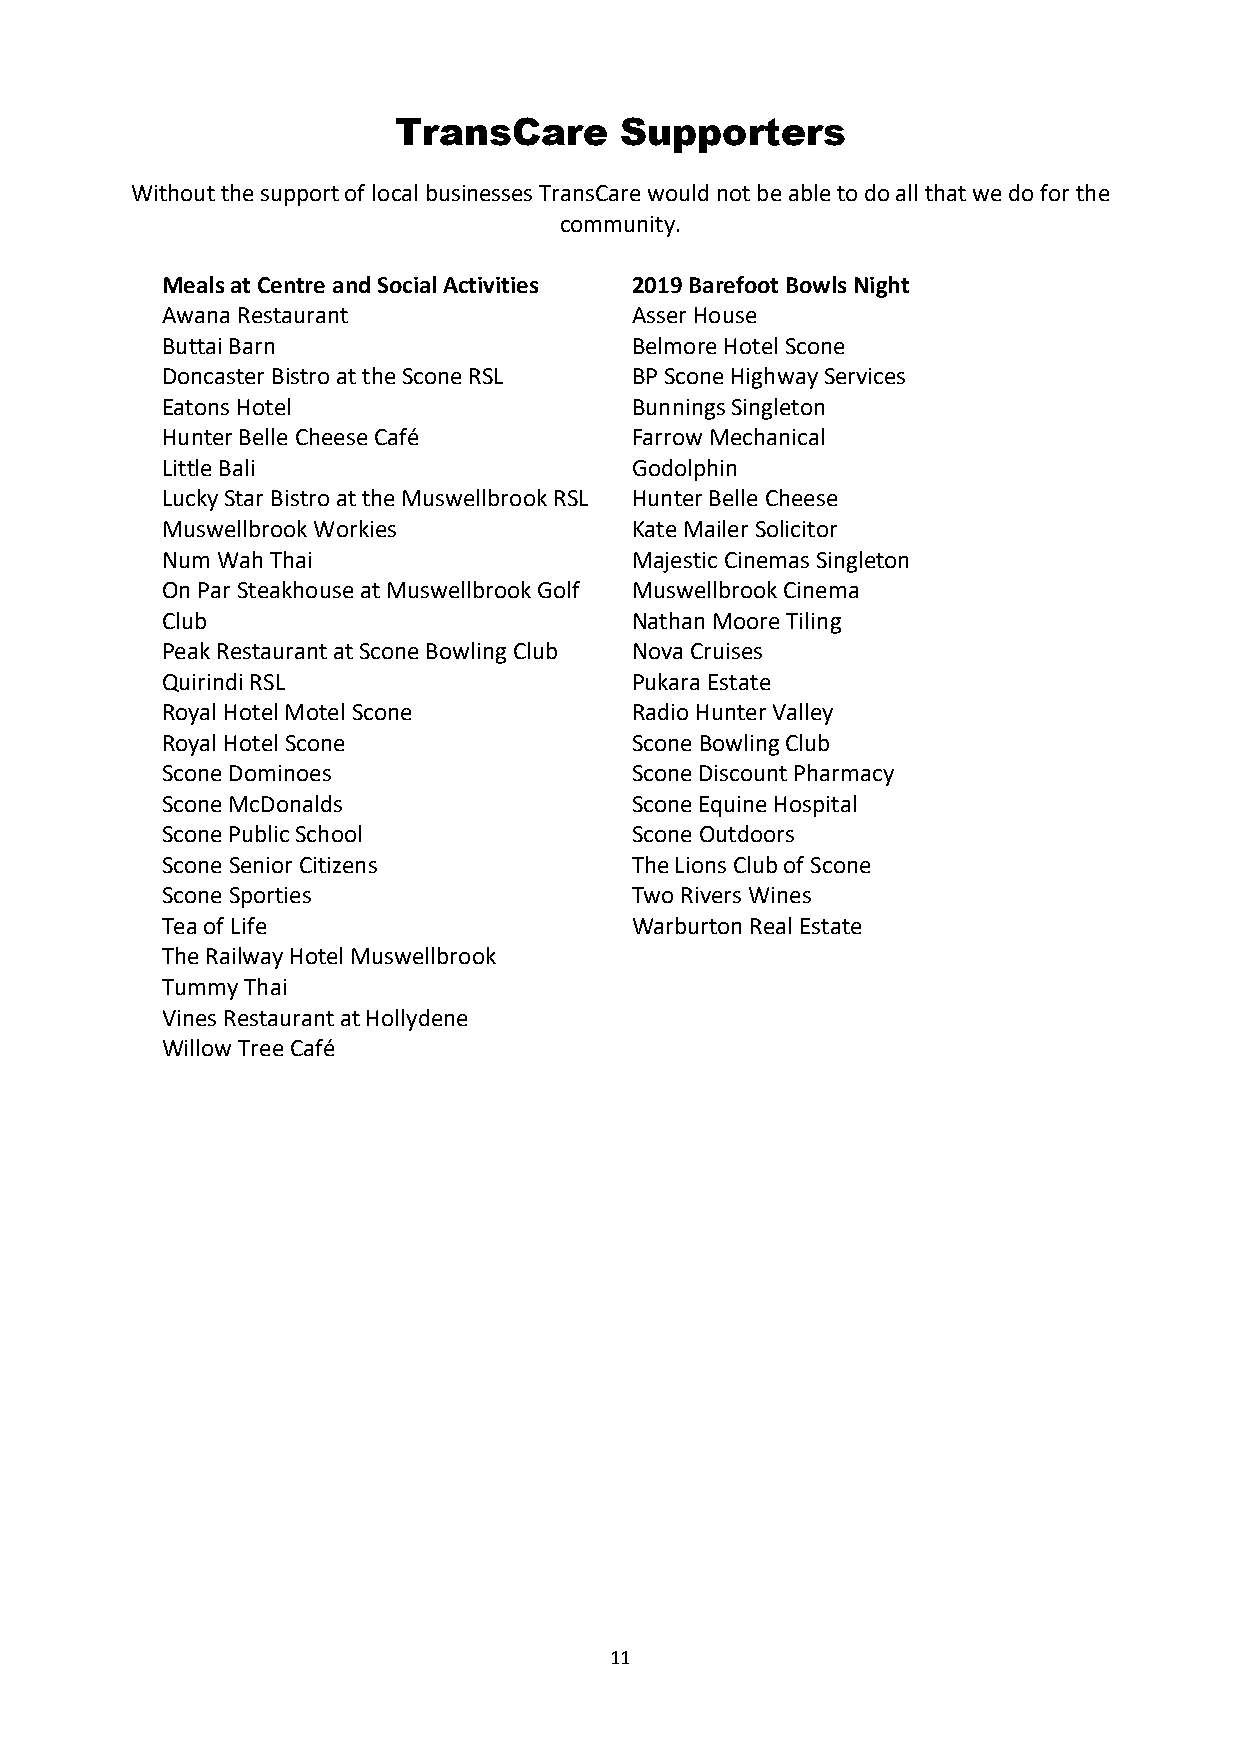
TransCare      Supporters
 Without the support of local businesses TransCare would not be able to do all that we do for the
 community.
 Meals at Centre and Social Activities 2019 Barefoot Bowls Night
 Awana Restaurant               Asser House
 Buttai Barn                    Belmore Hotel Scone
 Doncaster Bistro at the Scone RSL BP Scone Highway Services
 Eatons Hotel                   Bunnings Singleton
 Hunter Belle Cheese Café       Farrow Mechanical
 Little Bali                    Godolphin
 Lucky Star Bistro at the Muswellbrook RSL Hunter Belle Cheese
 Muswellbrook Workies           Kate Mailer Solicitor
 Num Wah Thai                   Majestic Cinemas Singleton
 On Par Steakhouse at Muswellbrook Golf Muswellbrook Cinema
 Club                           Nathan Moore Tiling
 Peak Restaurant at Scone Bowling Club Nova Cruises
 Quirindi RSL                   Pukara Estate
 Royal Hotel Motel Scone        Radio Hunter Valley
 Royal Hotel Scone              Scone Bowling Club
 Scone Dominoes                 Scone Discount Pharmacy
 Scone McDonalds                Scone Equine Hospital
 Scone Public School            Scone Outdoors
 Scone Senior Citizens          The Lions Club of Scone
 Scone Sporties                 Two Rivers Wines
 Tea of Life                    Warburton Real Estate
 The Railway Hotel Muswellbrook
 Tummy Thai
 Vines Restaurant at Hollydene
 Willow Tree Café
 11